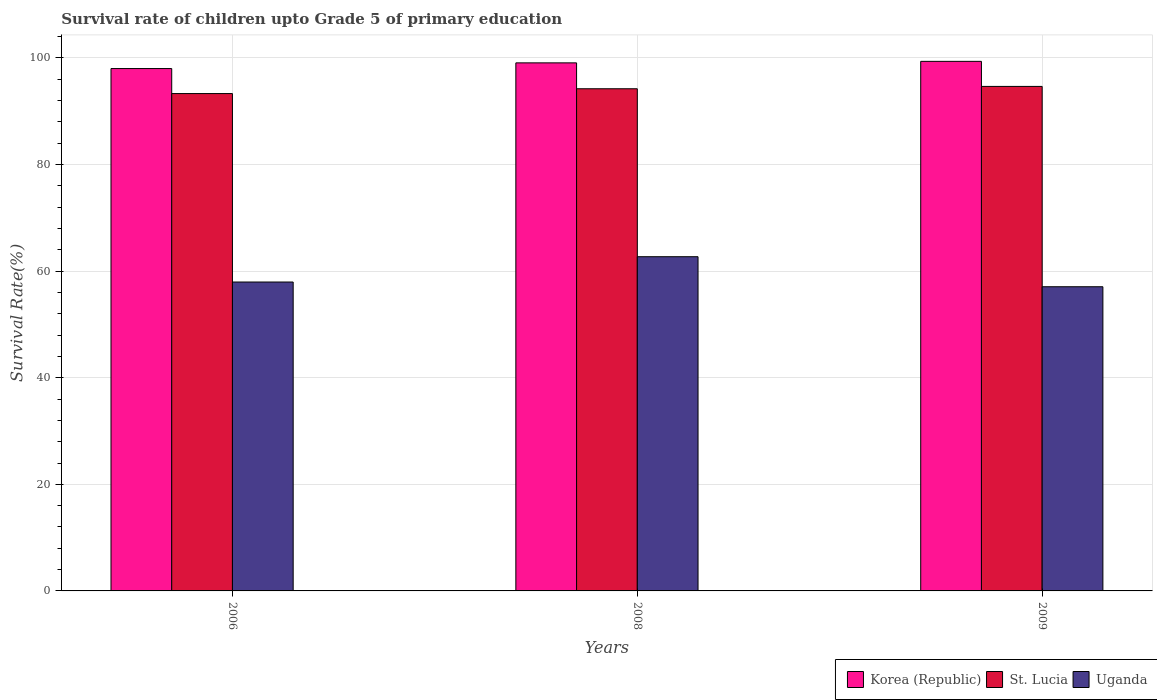
| Years | Korea (Republic) | St. Lucia | Uganda |
 | --- | --- | --- | --- |
 | 2006 | 98 | 93.3 | 58 |
 | 2008 | 99.1 | 94.2 | 62.7 |
 | 2009 | 99.4 | 94.7 | 57.1 |